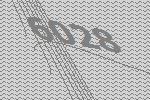
6028